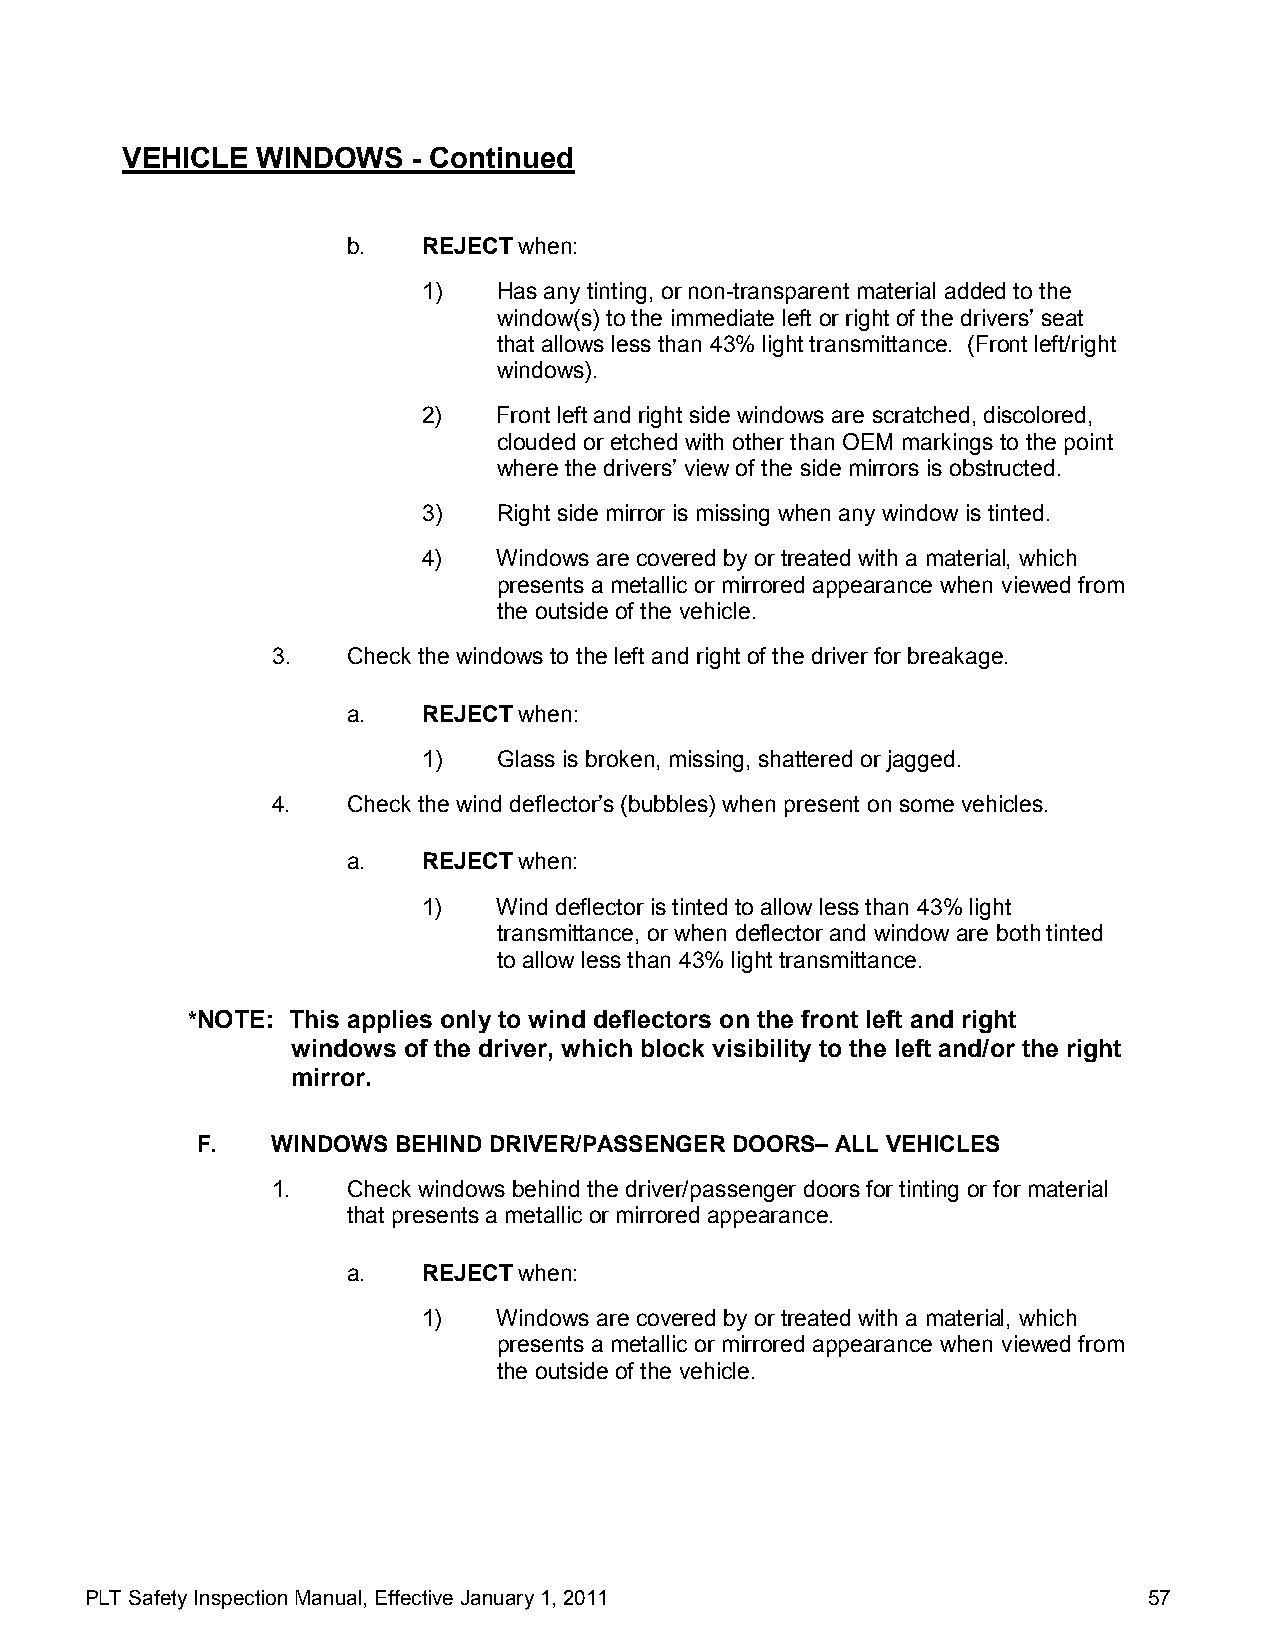
VEHICLE  WINDOWS   - Continued
 b.   REJECT when:
 1)   Has any tinting, or non-transparent material added to the
 window(s) to the immediate left or right of the drivers’ seat
 that allows less than 43% light transmittance. (Front left/right
 windows).
 2)   Front left and right side windows are scratched, discolored,
 clouded or etched with other than OEM markings to the point
 where the drivers’ view of the side mirrors is obstructed.
 3)   Right side mirror is missing when any window is tinted.
 4)   Windows are covered by or treated with a material, which
 presents a metallic or mirrored appearance when viewed from
 the outside of the vehicle.
 3.   Check the windows to the left and right of the driver for breakage.
 a.   REJECT when:
 1)   Glass is broken, missing, shattered or jagged.
 4.   Check the wind deflector’s (bubbles) when present on some vehicles.
 a.   REJECT when:
 1)   Wind deflector is tinted to allow less than 43% light
 transmittance, or when deflector and window are both tinted
 to allow less than 43% light transmittance.
 *NOTE: This applies only to wind deflectors on the front left and right
 windows of the driver, which block visibility to the left and/or the right
 mirror.
 F.   WINDOWS BEHIND DRIVER/PASSENGER DOORS– ALL VEHICLES
 1.   Check windows behind the driver/passenger doors for tinting or for material
 that presents a metallic or mirrored appearance.
 a.   REJECT when:
 1)   Windows are covered by or treated with a material, which
 presents a metallic or mirrored appearance when viewed from
 the outside of the vehicle.
 PLT Safety Inspection Manual, Effective January 1, 2011               57